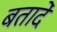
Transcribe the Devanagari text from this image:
बतादें